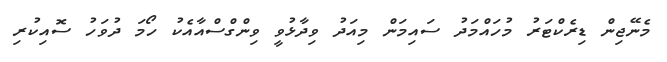
މެނޭޖިން ޑިރެކްޓަރު މުހައްމަދު ސައިމަން މިއަދު ވިދާޅުވީ ވިންގްސްއާއެކު ހޯމަ ދުވަހު ސޮއިކުރި